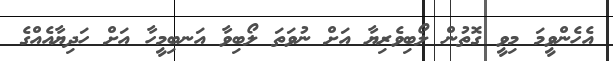
އެހެންވީމަ މިވީ ގޮތުން ލޯބިވެރިޔާ އަށް ނުވަތަ ލޯބިވާ އަނބިމީހާ އަށް ހަދިޔާއެއްގެ